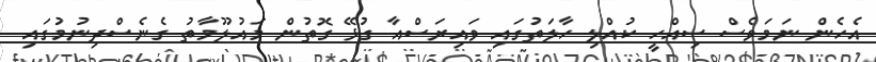
އެހެން ނަމަވެސް ސިއްހީ ކުއްލި ހާލަތުގައި ވައިރަސްއާ ގުޅޭ ގޮތުން މައުލޫމާތު ގެނެސްދިނުމުގައި